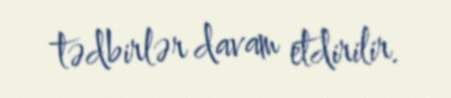
tədbirlər davam etdirilir.